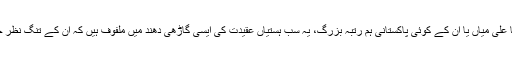
اب شیخ سرہندی ہوں یاشاہ ولی اﷲیا مولانا اشرف علی تھانوی یا علی میاں یا ان کے کوئی پاکستانی ہم رتبہ بزرگ، یہ سب ہستیاں عقیدت کی ایسی گاڑھی دھند میں ملفوف ہیں کہ ان کے تنگ نظر خیالات سے کھلم کھلا اختلاف کرنا انتہائی دشوار بنا دیا گیا ہے۔